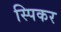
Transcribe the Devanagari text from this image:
स्पिकर